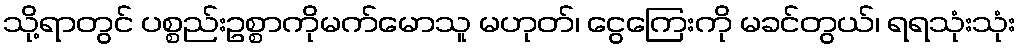
သို့ရာတွင် ပစ္စည်းဥစ္စာကိုမက်မောသူ မဟုတ်၊ ငွေကြေးကို မခင်တွယ်၊ ရရသုံးသုံး